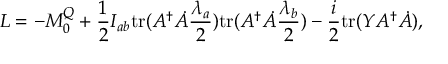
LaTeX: L = - M _ { 0 } ^ { Q } + \frac { 1 } { 2 } I _ { a b } \mathrm { t r } ( { \cal A } ^ { \dag } \dot { \cal A } \frac { \lambda _ { a } } { 2 } ) \mathrm { t r } ( { \cal A } ^ { \dag } \dot { \cal A } \frac { \lambda _ { b } } { 2 } ) - \frac { i } { 2 } \mathrm { t r } ( Y { \cal A } ^ { \dag } \dot { \cal A } ) ,